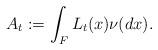
LaTeX: \begin{align*}A_t:=\int_FL_t(x)\nu(dx).\end{align*}